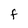
Character: F